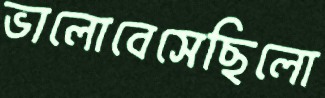
ভালোবেসেছিলো